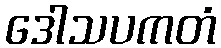
ဒေါသပကတံ